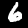
Label: 6